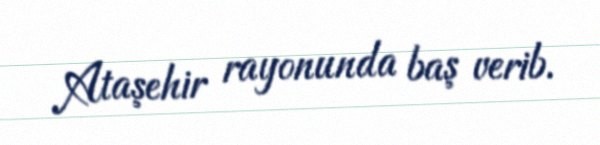
Ataşehir rayonunda baş verib.